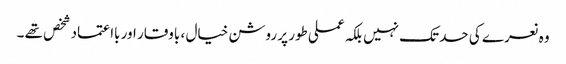
وہ نعرے کی حد تک نہیں بلکہ عملی طور پر روشن خیال ، باوقار اور بااعتماد شخص تھے ۔